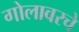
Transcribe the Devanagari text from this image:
गोलावरचे